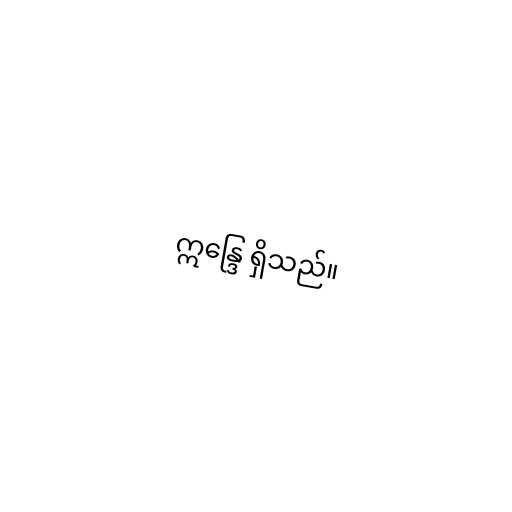
ဣန္ဒြေ ရှိသည်။